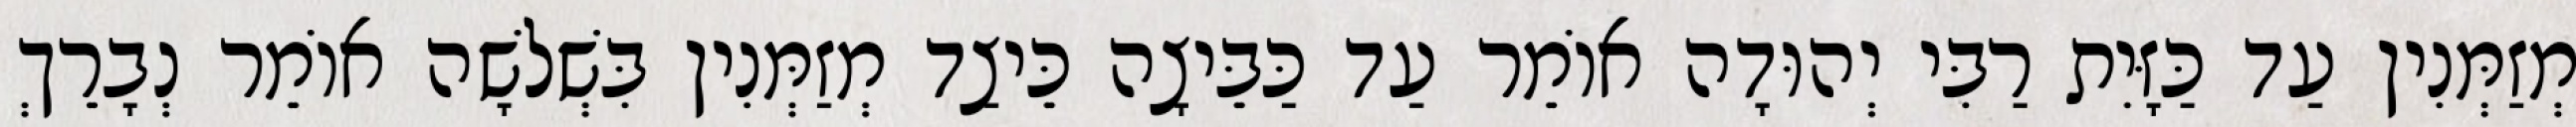
מְזַמְּנִין עַד כַּזָּיִת רַבִּי יְהוּדָה אוֹמֵר עַד כַּבֵּיצָה כֵּיצַד מְזַמְּנִין בִּשְׁלשָׁה אוֹמֵר נְבָרֵךְ